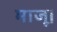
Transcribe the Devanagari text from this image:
माजू।